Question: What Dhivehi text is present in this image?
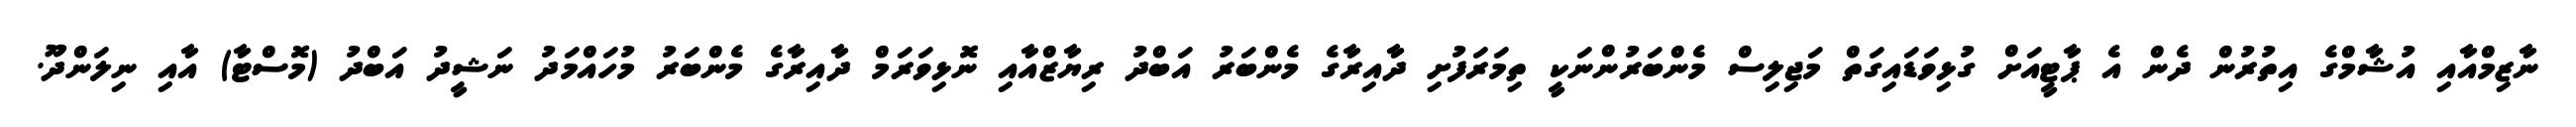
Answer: ނާޒިމްއާއި އުޝާމްގެ އިތުރުން ދެން އެ ޕާޓީއަށް ގުޅިވަޑައިގަތް މަޖިލިސް މެންބަރުންނަކީ ތިމަރަފުށި ދާއިރާގެ މެންބަރު އަބްދު ރިޔާޒްއާއި ނޮޅިވަރަމް ދާއިރާގެ މެންބަރު މުހައްމަދު ނަޝީދު އަބްދު (މޮސްޓާ) އާއި ނިލަންދޫ.